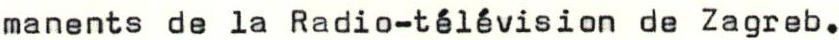
manents de la Radio-télévision de Zagreb.